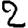
Digit: 2